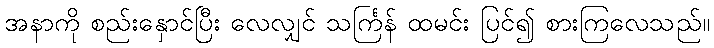
အနာကို စည်းနှောင်ပြီး လေလျှင် သင်္ကြန် ထမင်း ပြင်၍ စားကြလေသည်။